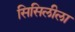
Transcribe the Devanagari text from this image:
सिसिलीला